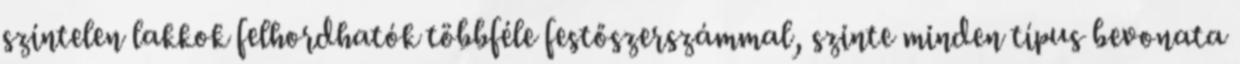
színtelen lakkok felhordhatók többféle festőszerszámmal, szinte minden típus bevonata